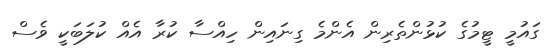
ގައުމީ ޓީމުގެ ކުޅުންތެރިން އެންމެ ގިނައިން ހިއްސާ ކުރާ އެއް ކުލަބަކީ ވެސް